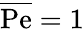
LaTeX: \overline{{\mathrm{Pe}}}=1